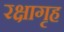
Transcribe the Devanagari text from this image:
रक्षागृह